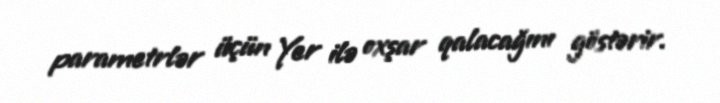
parametrlər üçün Yer ilə oxşar qalacağını göstərir.